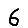
Digit: 6